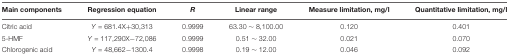
| Main components | Regression equation | R | Linear range | Measure limitation, mg/l | Quantitative limitation, mg/l |
 | --- | --- | --- | --- | --- | --- |
 | Citric acid | Y = 681.4X+30,313 | 0.9999 | 63.30 ~ 8,100.00 | 0.120 | 0.401 |
 | 5-HMF | Y = 117,290X-72,086 | 0.9999 | 0.51 ~ 32.00 | 0.021 | 0.070 |
 | Chlorogenic acid | Y = 48,662-1300.4 | 0.9998 | 0.19 ~ 12.00 | 0.046 | 0.092 |